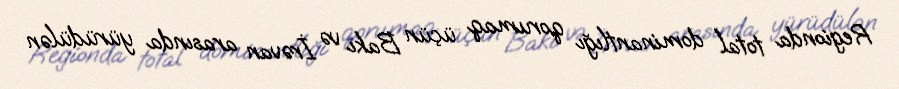
Regionda total dominantlığı qorumaq üçün Bakı və İrəvan arasında yürüdülən